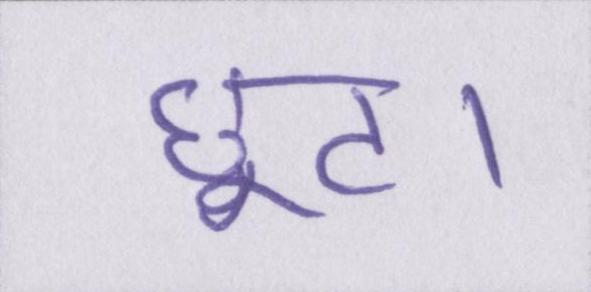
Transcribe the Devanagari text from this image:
छूट।